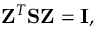
{ \displaystyle { \bf Z } ^ { T } { \bf S } { \bf Z } = { \bf I } } ,